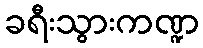
ခရီးသွားကဏ္ဍ